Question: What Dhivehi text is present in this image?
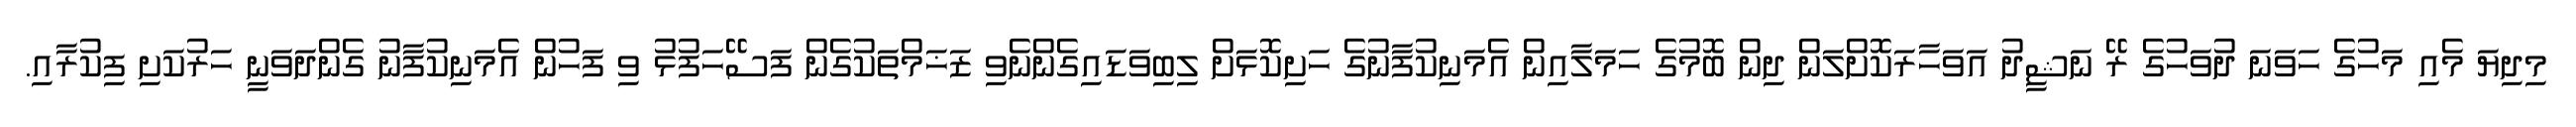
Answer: މިދިޔަ މެއި މަހުގެ ހަވަނަ ދުވަހުގެ ރޭ ނަޝީދު އަވަހާރަކޮށްލަން ދިން ބޮމުގެ ހަމަލާއިން އެމަނިކުފާނުގެ ހަށިކޮޅަށް ލިބިވަޑައިގެންނެވި ޒަޚަމްތަކުގެން ފަސޭހަފުޅު ވި ފަހުން އެމަނިކުފާނު ގެންދަވަނީ ހަރުކަށި ފިކުރާއި.